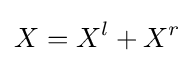
X=X^{l}+X^{r}